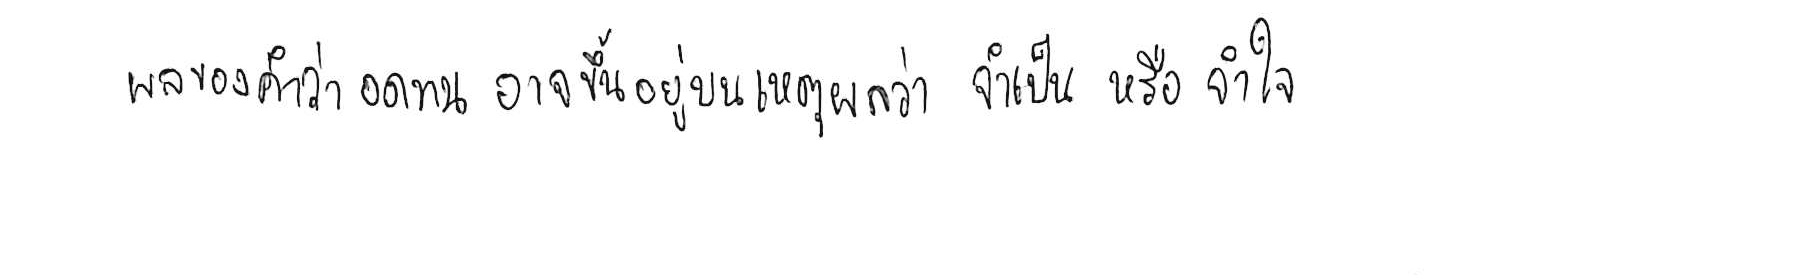
ผลของคำว่า อดทน อาจขึ้นอยู่บนเหตุผลว่า จำเป็น หรือ จำใจ